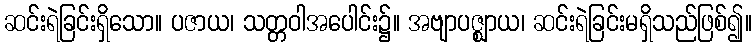
ဆင်းရဲခြင်းရှိသော။ ပဇာယ၊ သတ္တဝါအပေါင်း၌။ အဗျာပဇ္ဈာယ၊ ဆင်းရဲခြင်းမရှိသည်ဖြစ်၍။